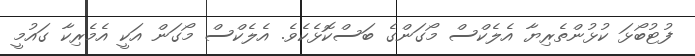
ފުޓުބޯޅަ ކުޅުންތެރިޔާ އެލެކްސް މޯގަންގެ ބަސްކޮޅެކެވެ. އެލެކްސް މޯގަން އަކީ އެމެރިކާ ގައުމީ